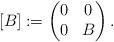
LaTeX: \begin{align*} [B]:=\begin{pmatrix}0&0\\0&B\end{pmatrix}. \end{align*}